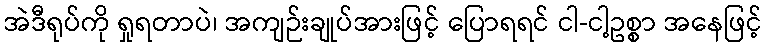
အဲဒီရုပ်ကို ရှုရတာပဲ၊ အကျဉ်းချုပ်အားဖြင့် ပြောရရင် ငါ-ငါ့ဥစ္စာ အနေဖြင့်